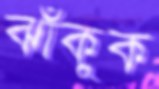
ঝাঁকুক